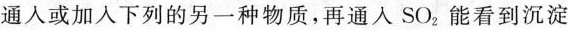
通人或加入下列的另一种物质，再通人SO_{2|。能看到沉淀